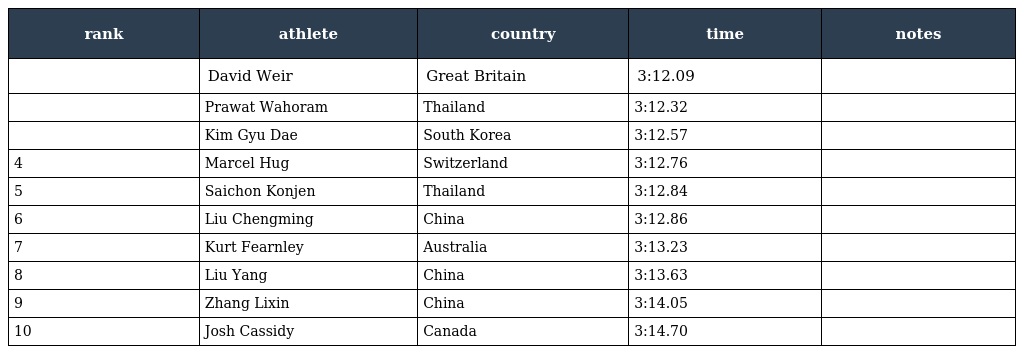
| rank | athlete | country | time | notes |
 | --- | --- | --- | --- | --- |
 |  | David Weir | Great Britain | 3:12.09 |  |
 |  | Prawat Wahoram | Thailand | 3:12.32 |  |
 |  | Kim Gyu Dae | South Korea | 3:12.57 |  |
 | 4 | Marcel Hug | Switzerland | 3:12.76 |  |
 | 5 | Saichon Konjen | Thailand | 3:12.84 |  |
 | 6 | Liu Chengming | China | 3:12.86 |  |
 | 7 | Kurt Fearnley | Australia | 3:13.23 |  |
 | 8 | Liu Yang | China | 3:13.63 |  |
 | 9 | Zhang Lixin | China | 3:14.05 |  |
 | 10 | Josh Cassidy | Canada | 3:14.70 |  |